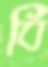
বি